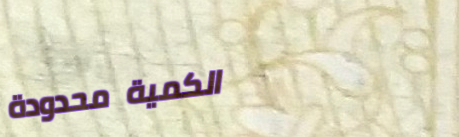
الكمية محدودة